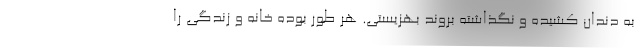
به دندان کشیده و نگذاشته بروند بهزیستی. هر طور بوده خانه و زندگی را